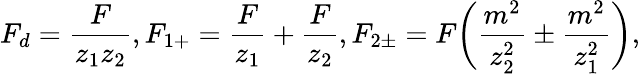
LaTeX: F_{d}=\frac{F}{z_{1}z_{2}},F_{1+}=\frac{F}{z_{1}}+\frac{F}{z_{2}},F_{2\pm}=F\biggl(\frac{m^{2}}{z_{2}^{2}}\pm\frac{m^{2}}{z_{1}^{2}}\biggr),